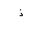
Letter: _thal